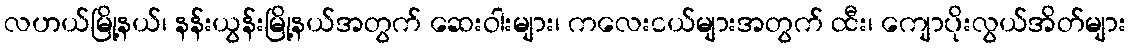
လဟယ်မြို့နယ်၊ နန်းယွန်းမြို့နယ်အတွက် ဆေးဝါးများ၊ ကလေးငယ်များအတွက် ထီး၊ ကျောပိုးလွယ်အိတ်များ